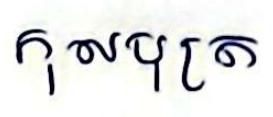
កុលបុត្រ